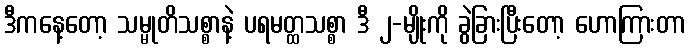
ဒီကနေ့တော့ သမ္မုတိသစ္စာနဲ့ ပရမတ္ထသစ္စာ ဒီ ၂-မျိုးကို ခွဲခြားပြီးတော့ ဟောကြားတာ